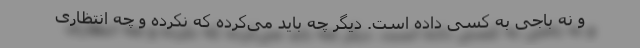
و نه باجی به کسی داده است. دیگر چه باید می‌کرده که نکرده و چه انتظاری